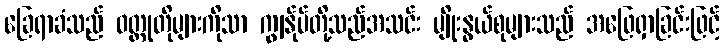
ခြေရာခံသည် ဝတ္ထုတိုများကိုသာ ကျွန်ုပ်တို့သည်အသင်း မျိုးနွယ်စုများသည် အဖြေရှာခြင်းဖြင့်